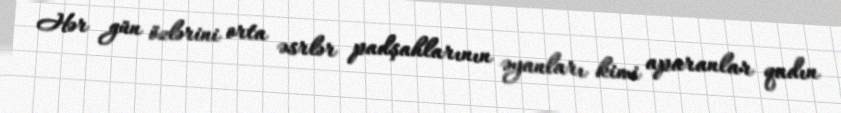
Hər gün özlərini orta əsrlər padşahlarının əyanları kimi aparanlar qadın